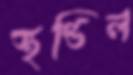
স্থণ্ডিল